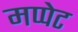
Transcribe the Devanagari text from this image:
मप्पेट